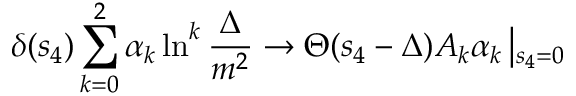
\delta ( s _ { 4 } ) \sum _ { k = 0 } ^ { 2 } \alpha _ { k } \ln ^ { k } \frac { \Delta } { m ^ { 2 } } \rightarrow \Theta ( s _ { 4 } - \Delta ) { \cal A } _ { k } \alpha _ { k } \left| _ { s _ { 4 } = 0 } \right.